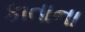
કાતાના